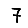
Digit: 7